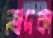
ভোদকা